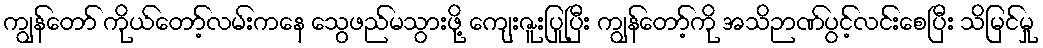
ကျွန်တော် ကိုယ်တော့်လမ်းကနေ သွေဖည်မသွားဖို့ ကျေးဇူးပြုပြီး ကျွန်တော့်ကို အသိဉာဏ်ပွင့်လင်းစေပြီး သိမြင်မှု